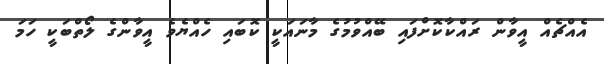
އެއްޗެއް އީވާން ރައްކާކޮށްފައި ބޭއްވުމުގެ މާނައަކީ ކޮބައި ހެއްޔެވެ އީވާންގެ ލޯތްބަކީ ހަމަ